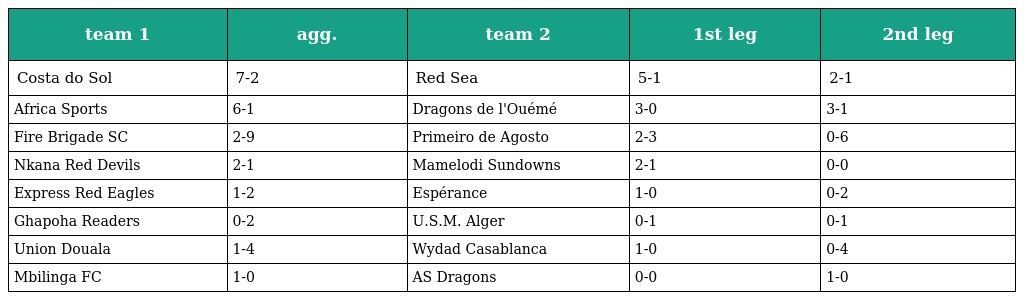
| team 1 | agg. | team 2 | 1st leg | 2nd leg |
 | --- | --- | --- | --- | --- |
 | Costa do Sol | 7-2 | Red Sea | 5-1 | 2-1 |
 | Africa Sports | 6-1 | Dragons de l'Ouémé | 3-0 | 3-1 |
 | Fire Brigade SC | 2-9 | Primeiro de Agosto | 2-3 | 0-6 |
 | Nkana Red Devils | 2-1 | Mamelodi Sundowns | 2-1 | 0-0 |
 | Express Red Eagles | 1-2 | Espérance | 1-0 | 0-2 |
 | Ghapoha Readers | 0-2 | U.S.M. Alger | 0-1 | 0-1 |
 | Union Douala | 1-4 | Wydad Casablanca | 1-0 | 0-4 |
 | Mbilinga FC | 1-0 | AS Dragons | 0-0 | 1-0 |